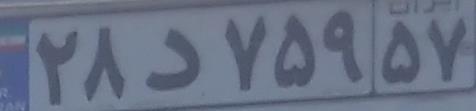
۲۸د۷۵۹۵۷